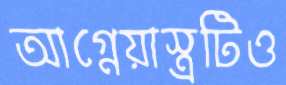
আগ্নেয়াস্ত্রটিও